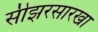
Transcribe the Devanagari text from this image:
सीझरसारखा